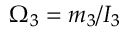
\Omega _ { 3 } = m _ { 3 } / I _ { 3 }